Report on sanitation, dispensaries, and jails in Rajputana for 1917, and on vaccination for the year 1917-1918 - 1917-1918
Year: 1917
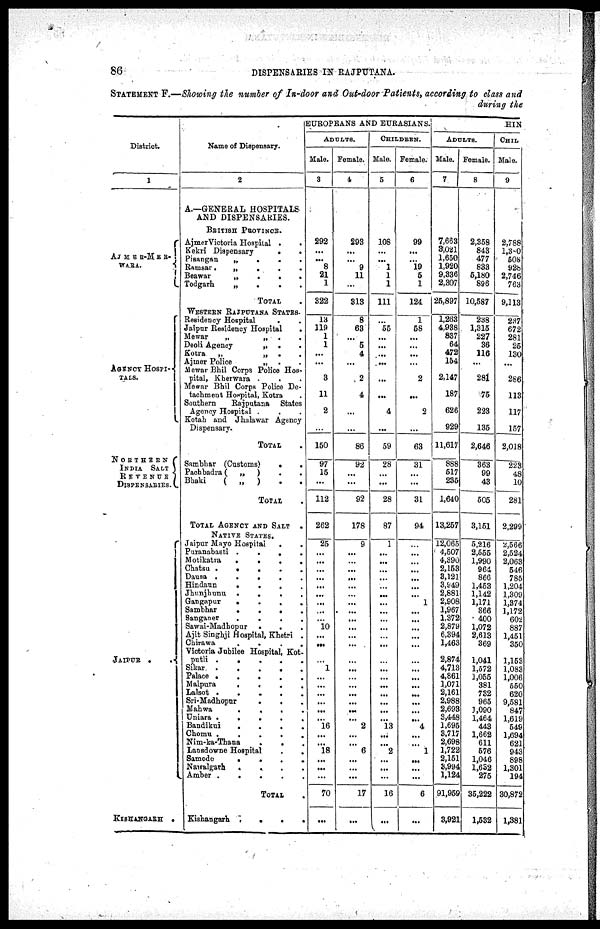
86
DISPENSARIES IN RAJPUTANA.
STATEMENT F.—Showing the number of In-door and Out-door Patients, according to class and
during the
District.
1
AJMER-MER¬
WARA.
AGENCY HOSPI¬
TALS.
NORTHERN
INDIA
SALT
REVENUE
DISPENSARIES.
JAIPUR . .
KISHANGARH .
Name of Dispensary.
2
A.—GENERAL HOSPITALS
AND DISPENSARIES.
BRITISH PROVINCE.
AjmerVictoria Hospital ..
Kekri Dispensary
..
Pisangan
„
...
Ramsar
„
...
Beawar
„
...
Todgarh
„ ...
TOTAL .
WESTERN RAJPUTANA STATES.
Residency Hospital ..
Jaipur Residency Hospital .
Mewar
„
„
..
Deoli Agency
„ ..
Kotra
„
„
..
Ajmer Police
„ ..
Mewar Bhil Corps Police Hos-
pital, Kherwara ...
Mewar Bhil Corps Police De-
tachment Hospital, Kotra .
Southern
Rajputana
States
Agency Hospital ...
Kotah and Jhalawar Agency
Dispensary.
TOTAL .
Sambhar (Customs)
..
Pachbadra (
„
) ..
Bhaki
(
„
) ..
TOTAL .
TOTAL AGENCY AND SALT
.
NATIVE STATES.
Jaipur Mayo Hospital
..
Puranabasti
....
Motikatra
....
Chatsu
.....
Dausa
.....
Hindaun
....
Jhunjhunu
....
Gangapur
....
Sambhar
....
Sanganer
....
Sawai-Madhopur
...
Ajit Singhji Hospital, Khetri .
Chirawa
....
Victoria Jubilee Hospital, Kot¬
putli
.....
Sikar
.....
Palace
.....
Malpura
....
Lalsot
.....
Sri-Madhopur
...
Mahwa
...
Uniara
....
Bandikui
....
Chomu
.....
Nim-ka-Thana ...
Lansdowne Hospital
..
Samode
....
Nawalgarh
....
Amber
.....
TOTAL .
Kishangarh
....
EUROPEANS AND EURASIANS.
ADULTS.
Male.
3
292
...
...
8
21
1
322
13
119
1
1
...
...
3
11
2
...
150
97
15
...
112
262
25
...
...
...
...
...
...
...
...
...
10
...
...
...
1
...
...
...
...
...
...
16
...
...
18
...
...
...
70
...
Female.
4
293
...
...
9
11
...
313
8
63
...
5
4
...
2
4
...
...
86
92
...
...
92
178
9
...
...
...
...
...
...
...
...
...
...
...
...
...
...
...
...
...
...
...
...
2
...
...
6
...
...
...
17
...
CHILDREN.
Male.
5
108
...
...
1
1
1
111
...
55
...
...
...
...
...
...
4
...
59
28
...
...
28
87
1
...
...
...
...
...
...
...
...
...
...
...
...
...
...
...
...
...
...
...
...
13
...
...
2
...
...
...
16
...
Female.
6
99
...
...
19
5
1
124
1
58
...
...
...
...
2
...
3
...
63
31
...
...
31
94
...
...
...
...
...
...
...
1
...
...
...
...
...
...
...
...
...
...
...
...
...
4
...
...
1
...
...
...
6
...
HIN
ADULTS.
Male.
7
7,663
3,021
1,650
1,920
9,336
2,307
25,897
1,263
4,938
837
64
472
154
2,147
187
626
929
11,617
888
517
235
1,640
13,257
12,065
4,507
4,390
2,153
3,121
3,949
2,881
2,908
1,967
1,372
2,879
6,394
1,463
2,874
4,713
4,861
1,071
2,161
2,988
2,693
3,448
1,695
3,717
2,698
1,722
2,151
3,994
1,124
91,959
3,921
Female.
8
2,358
843
477
833
5,180
896
10,587
238
1,315
227
36
116
...
281
75
223
135
2,646
363
99
43
505
3,151
5,216
2,555
1,990
964
866
1,453
1,142
1,171
866
400
1,072
2,613
369
1,041
1,572
1,055
381
732
965
1,090
1,464
443
1,662
611
576
1,046
1,632
275
35,222
1,532
CHIL
Male.
9
2,788
1,380
508
928
2,746
763
9,113
237
672
281
25
130
...
286
113
117
157
2,018
223
48
10
281
2,299
2,566
2,524
2,063
546
785
1,204
1,309
1,374
1,172
602
887
1,451
350
1,153
1,083
1,006
550
620
9,581
847
1,619
549
1,694
621
943
898
1,301
194
30,872
1,381